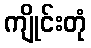
ကျိုင်းတုံ